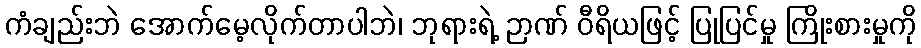
ကံချည်းဘဲ အောက်မေ့လိုက်တာပါဘဲ၊ ဘုရားရဲ့ ဉာဏ် ဝီရိယဖြင့် ပြုပြင်မှု ကြိုးစားမှုကို